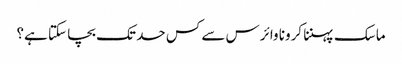
ماسک پہننا کرونا وائرس سے کس حد تک بچا سکتا ہے؟